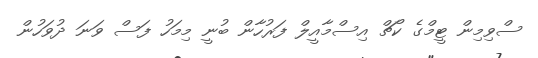
ސްވިމިން ޓީމްގެ ކޯޗް އިސްމާއީލް ފަރުހާން ބުނީ މިމަހު ފަސް ވަނަ ދުވަހުން